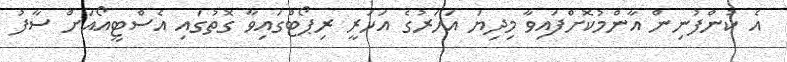
އެ ކުންފުނިން އާންމުކޮށްފައިވާ މިދިޔަ އަހަރުގެ އަހަރީ ރިޕޯޓްގައިވާ ގޮތުގައި އެސްޓީއޯއަށް ސާފު